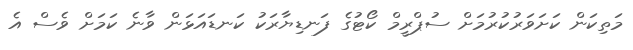
މަތިކަން ކަށަވަރުކުރުމަށް ސުޕްރީމް ކޯޓުގެ ފަނޑިޔާރަކު ކަނޑައަޅަން ވާނެ ކަމަށް ވެސް އެ